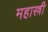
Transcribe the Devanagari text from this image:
महास्त्री